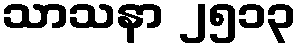
သာသနာ ၂၅၁၃